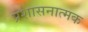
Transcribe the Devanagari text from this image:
प्रशासनात्मक